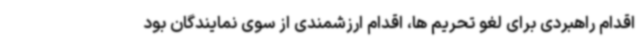
اقدام راهبردی برای لغو تحریم ها، اقدام ارزشمندی از سوی نمایندگان بود